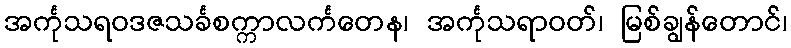
အင်္ကုသရဝဒဇသင်္ခစက္ကာလင်္ကတေန၊ အင်္ကုသရာဝတ်၊ မြစ်ချွန်တောင်၊